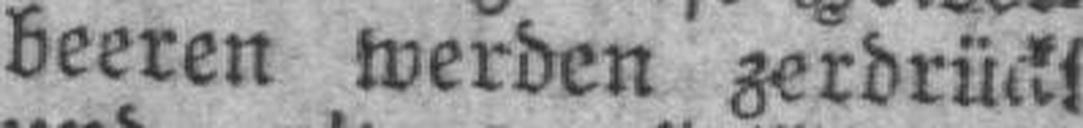
beeren werden zerdrückt